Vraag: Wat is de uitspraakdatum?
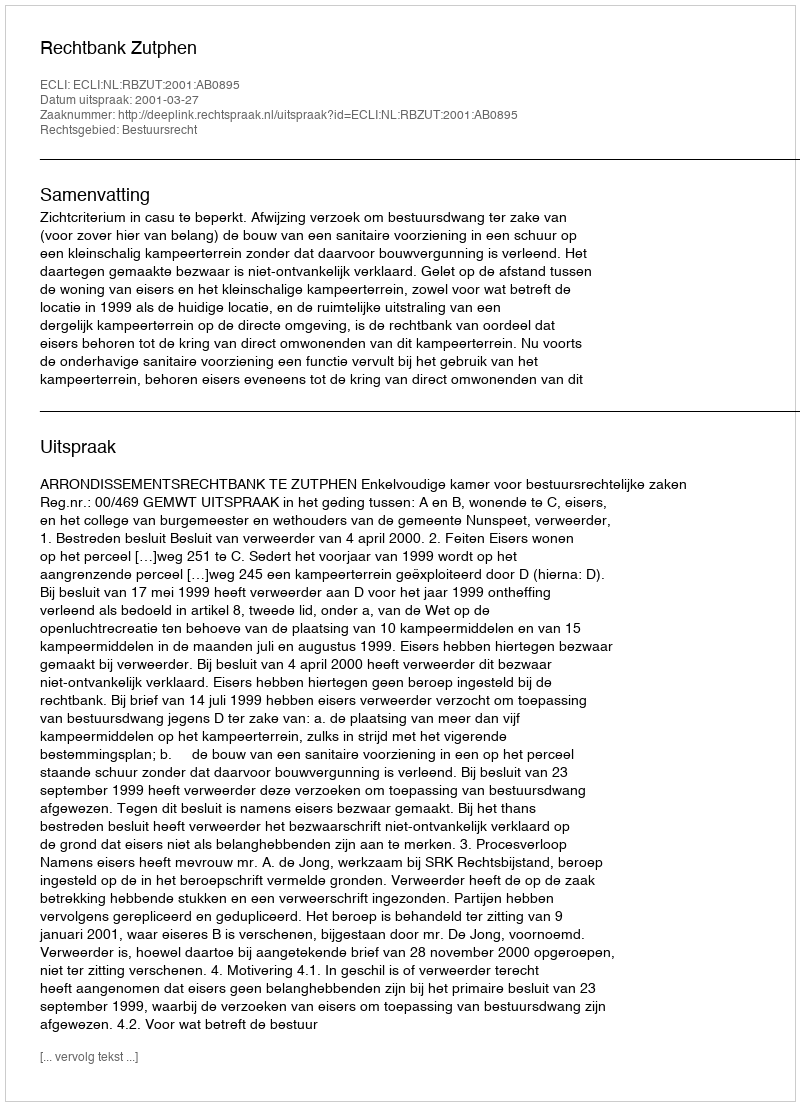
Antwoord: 2001-03-27